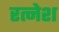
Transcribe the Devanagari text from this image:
रत्नेश